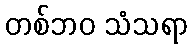
တစ်ဘဝ သံသရာ